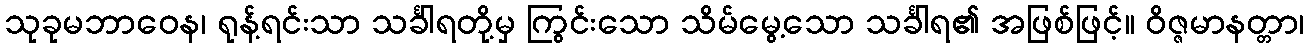
သုခုမဘာဝေန၊ ရုန့်ရင်းသာ သင်္ခါရတို့မှ ကြွင်းသော သိမ်မွေ့သော သင်္ခါရ၏ အဖြစ်ဖြင့်။ ဝိဇ္ဇမာနတ္တာ၊